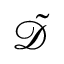
\tilde { \mathcal { D } }